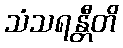
သံသရန္တီတိ